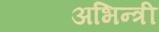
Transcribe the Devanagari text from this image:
अभिन्त्री